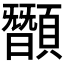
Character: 䫬